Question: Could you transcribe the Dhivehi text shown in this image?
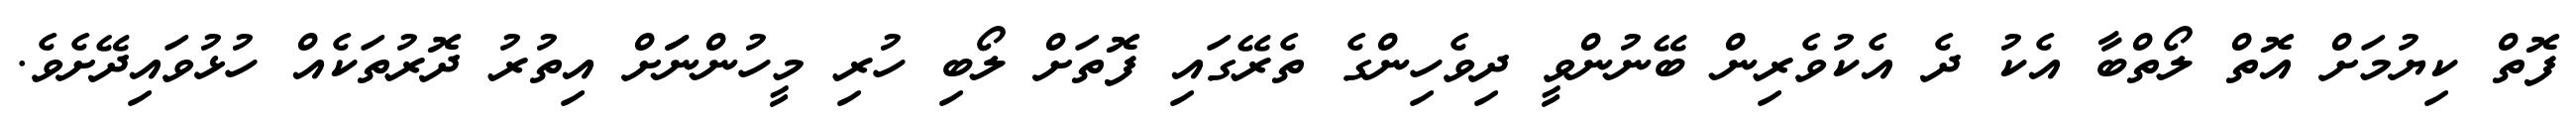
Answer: ފޮތް ކިޔުމަށް އޮތް ލޯތްބާ އެކު ދެ އެކުވެރިން ބޭނުންވީ ދިވެހިންގެ ތެރޭގައި ފޮތަށް ލޯބި ހުރި މީހުންނަަށް އިތުރު ދޮރުތަކެއް ހުޅުވައިދޭށެވެ.